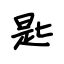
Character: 匙